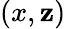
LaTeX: (x,\mathbf{z})